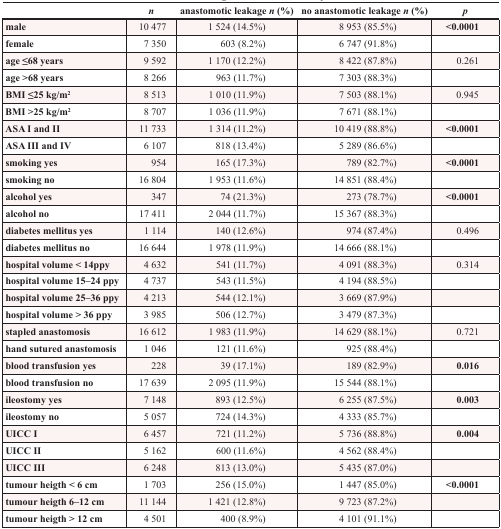
<table><thead><tr><td></td><td><b><i>n</i></b></td><td><b>anastomotic leakage <i>n</i> (%)</b></td><td><b>no anastomotic leakage <i>n</i> (%)</b></td><td><b><i>p</i></b></td></tr></thead><tbody><tr><td><b>male</b></td><td>10 477</td><td>1 524 (14.5%)</td><td>8 953 (85.5%)</td><td><b>&lt;0.0001</b></td></tr><tr><td><b>female</b></td><td>7 350</td><td>603 (8.2%)</td><td>6 747 (91.8%)</td><td></td></tr><tr><td><b>age ≤68 years</b></td><td>9 592</td><td>1 170 (12.2%)</td><td>8 422 (87.8%)</td><td>0.261</td></tr><tr><td><b>age &gt;68 years</b></td><td>8 266</td><td>963 (11.7%)</td><td>7 303 (88.3%)</td><td></td></tr><tr><td><b>BMI ≤25 kg/m<sup>2</sup></b></td><td>8 513</td><td>1 010 (11.9%)</td><td>7 503 (88.1%)</td><td>0.945</td></tr><tr><td><b>BMI &gt;25 kg/m<sup>2</sup></b></td><td>8 707</td><td>1 036 (11.9%)</td><td>7 671 (88.1%)</td><td></td></tr><tr><td><b>ASA I and II</b></td><td>11 733</td><td>1 314 (11.2%)</td><td>10 419 (88.8%)</td><td><b>&lt;0.0001</b></td></tr><tr><td><b>ASA III and IV</b></td><td>6 107</td><td>818 (13.4%)</td><td>5 289 (86.6%)</td><td></td></tr><tr><td><b>smoking yes</b></td><td>954</td><td>165 (17.3%)</td><td>789 (82.7%)</td><td><b>&lt;0.0001</b></td></tr><tr><td><b>smoking no</b></td><td>16 804</td><td>1 953 (11.6%)</td><td>14 851 (88.4%)</td><td></td></tr><tr><td><b>alcohol yes</b></td><td>347</td><td>74 (21.3%)</td><td>273 (78.7%)</td><td><b>&lt;0.0001</b></td></tr><tr><td><b>alcohol no</b></td><td>17 411</td><td>2 044 (11.7%)</td><td>15 367 (88.3%)</td><td></td></tr><tr><td><b>diabetes mellitus yes</b></td><td>1 114</td><td>140 (12.6%)</td><td>974 (87.4%)</td><td>0.496</td></tr><tr><td><b>diabetes mellitus no</b></td><td>16 644</td><td>1 978 (11.9%)</td><td>14 666 (88.1%)</td><td></td></tr><tr><td><b>hospital volume &lt; 14ppy</b></td><td>4 632</td><td>541 (11.7%)</td><td>4 091 (88.3%)</td><td>0.314</td></tr><tr><td><b>hospital volume 15–24 ppy</b></td><td>4 737</td><td>543 (11.5%)</td><td>4 194 (88.5%)</td><td></td></tr><tr><td><b>hospital volume 25–36 ppy</b></td><td>4 213</td><td>544 (12.1%)</td><td>3 669 (87.9%)</td><td></td></tr><tr><td><b>hospital volume &gt; 36 ppy</b></td><td>3 985</td><td>506 (12.7%)</td><td>3 479 (87.3%)</td><td></td></tr><tr><td><b>stapled anastomosis</b></td><td>16 612</td><td>1 983 (11.9%)</td><td>14 629 (88.1%)</td><td>0.721</td></tr><tr><td><b>hand sutured anastomosis</b></td><td>1 046</td><td>121 (11.6%)</td><td>925 (88.4%)</td><td></td></tr><tr><td><b>blood transfusion yes</b></td><td>228</td><td>39 (17.1%)</td><td>189 (82.9%)</td><td><b>0.016</b></td></tr><tr><td><b>blood transfusion no</b></td><td>17 639</td><td>2 095 (11.9%)</td><td>15 544 (88.1%)</td><td></td></tr><tr><td><b>ileostomy yes</b></td><td>7 148</td><td>893 (12.5%)</td><td>6 255 (87.5%)</td><td><b>0.003</b></td></tr><tr><td><b>ileostomy no</b></td><td>5 057</td><td>724 (14.3%)</td><td>4 333 (85.7%)</td><td></td></tr><tr><td><b>UICC I</b></td><td>6 457</td><td>721 (11.2%)</td><td>5 736 (88.8%)</td><td><b>0.004</b></td></tr><tr><td><b>UICC II</b></td><td>5 162</td><td>600 (11.6%)</td><td>4 562 (88.4%)</td><td></td></tr><tr><td><b>UICC III</b></td><td>6 248</td><td>813 (13.0%)</td><td>5 435 (87.0%)</td><td></td></tr><tr><td><b>tumour heigth &lt; 6 cm</b></td><td>1 703</td><td>256 (15.0%)</td><td>1 447 (85.0%)</td><td><b>&lt;0.0001</b></td></tr><tr><td><b>tumour heigth 6–12 cm</b></td><td>11 144</td><td>1 421 (12.8%)</td><td>9 723 (87.2%)</td><td></td></tr><tr><td><b>tumour heigth &gt; 12 cm</b></td><td>4 501</td><td>400 (8.9%)</td><td>4 101 (91.1%)</td><td></td></tr></tbody></table>